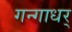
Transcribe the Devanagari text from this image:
गन्गाधर्